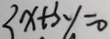
x + 3 y = 0